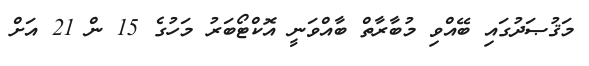
މަޤުޞަދުގައި ބޭއްވި މުބާރާތް ބާއްވަނީ އޮކްޓޯބަރު މަހުގެ 15 ން 21 އަށް